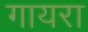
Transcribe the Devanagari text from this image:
गायरा